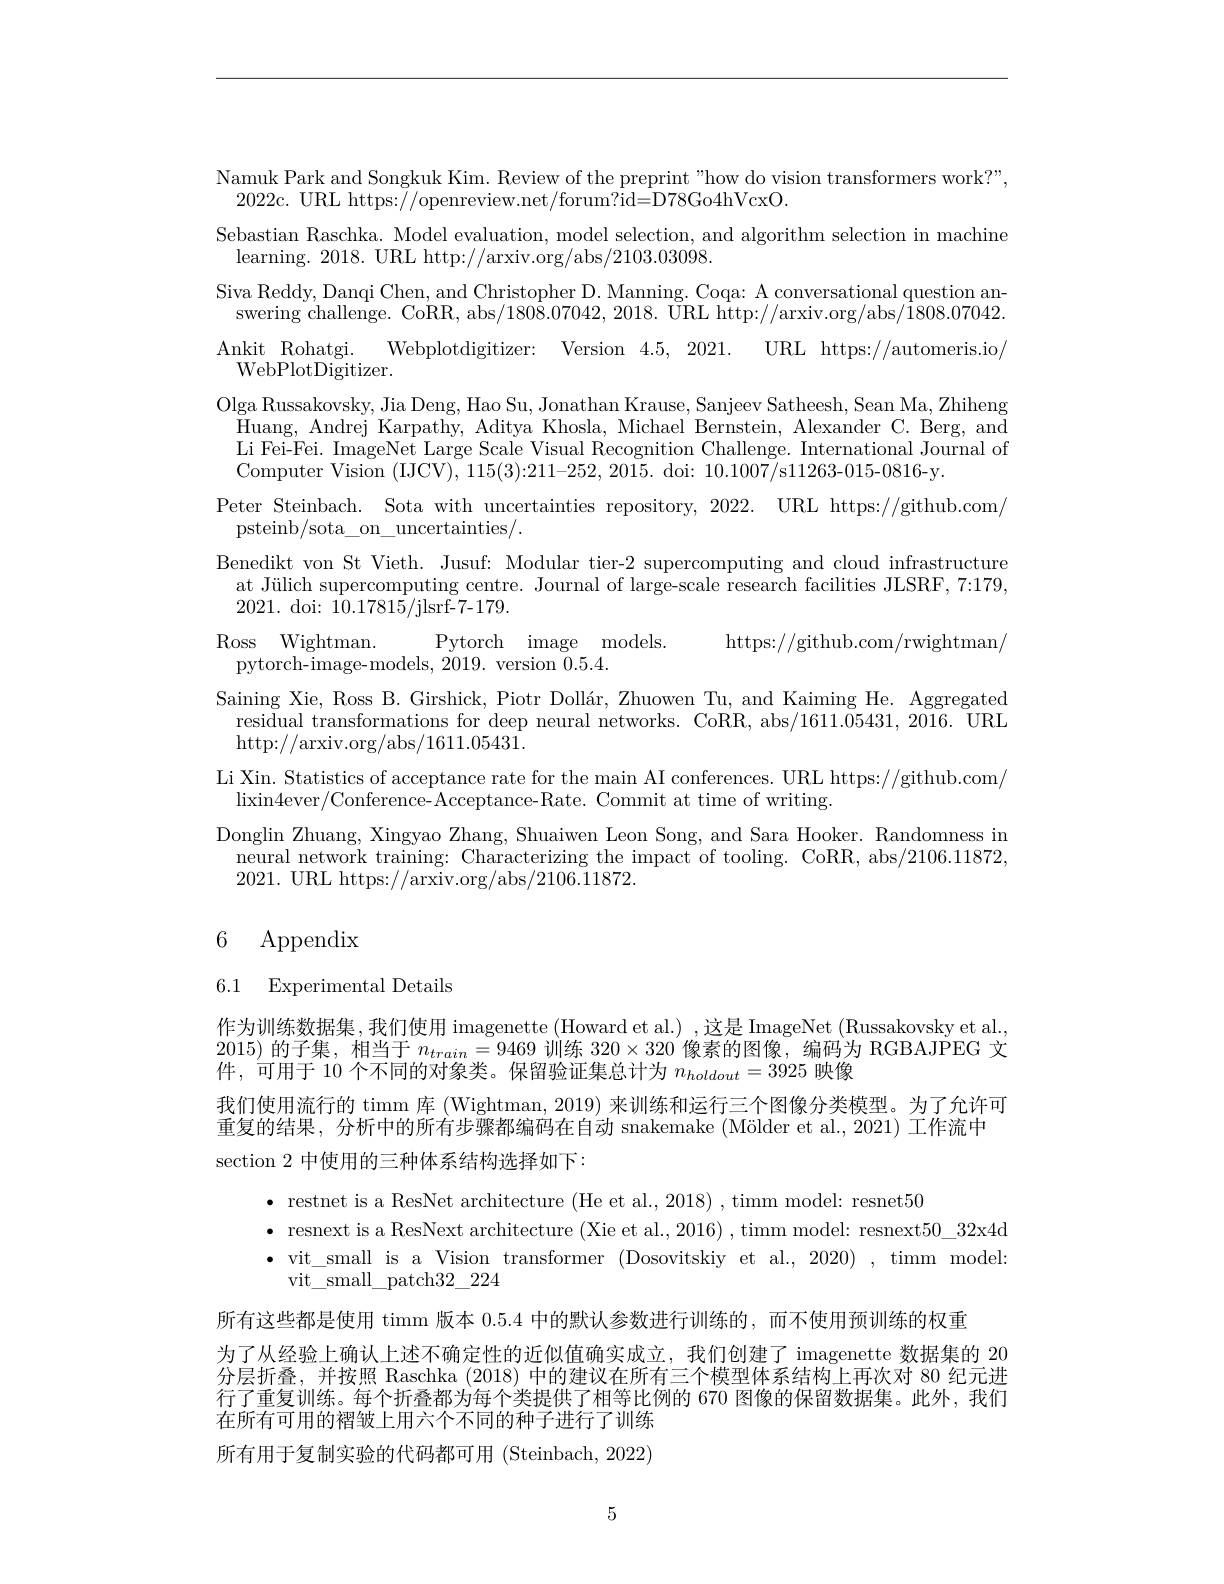
Namuk Park and Songkuk Kim. Review of the preprint "how do vision transformers work?",
2022c. URL https://openreview.net/forum?id=D78Go4hVcxO.
Sebastian Raschka. Model evaluation, model selection, and algorithm selection in machine
learning. 2018. URL http://arxiv.org/abs/2103.03098
Siva Reddy, Danqi Chen, and Christopher D. Manning. Coqa: A conversational question an-
swering challenge. CoRR, abs/1808.07042, 2018. URL http://arxiv.org/abs/1808.07042. Ankit Rohatgi. Webplotdigitizer: Version 4.5,2021. URL https://automeris.io/ WebPlotDigitizer.
Olga Russakovsky, Jia Deng, Hao Su, Jonathan Krause, Sanjeev Satheesh, Sean Ma, Zhiheng
$\bar{\text{Huang, Andrej Karpathy, Aditya Khosla, Michael Bernstein, Alexander C. Berg, and}}$ Li Fei-Fei. ImageNet Large Scale Visual Recognition Challenge. International Journal of Computer Vision (IJCV$),115(3):211-252,20\bar{15}.$ doi: $10.1007\bar{/}$s11263-015-0816-y.
Peter Steinbach. Sota with uncertainties repository, 2022. URL https://github.com/
psteinb/sota\_on\_uncertainties/.
Benedikt von St Vieth. Jusuf: Modular tier-2 supercomputing and cloud infrastructure
at Jülich supercomputing centre. Journal of large-scale research facilities JLSRF, 7:179,
2021. doi: 10.17815/jlsrf-7-179.
Ross Wightman.
Pytorch image models.
https://github.com/rwightman/
pytorch-image-models, 2019. version $\bar{0}.5.4.$
Saining Xie, Ross B. Girshick, Piotr Dollár, Zhuowen Tu, and Kaiming He. Aggregated
residual transformations for deep neural networks. CoRR, abs/1611.05431, 2016. URL
http://arxiv.org/abs/1611.05431.
Li Xin. Statistics of acceptance rate for the main AI conferences. URL https://github.com/
$\operatorname*{lixin4ever/Conference-Acceptance-Rate.~Commit~at~time~of~writing.}$
Donglin Zhuang, Xingyao Zhang, Shuaiwen Leon Song, and Sara Hooker. Randomness in
neural network training: Characterizing the impact of tooling. CoRR, abs/2106.11872,
2021. URL https://arxiv.org/abs/2106.11872.

# 6 Appendix

6.1 Experimental Details

作为训练数据集，我们使用 imagenette (Howard et al.) ,这是 ImageNet (Russakovsky et al., 2015)的子集，相当于$n_train=9469$训练$320\times320$像素的图像，编码为 RGBAJPEG 文件，可用于 10 个不同的对象类。保留验证集总计为$n_holdout=3925$映像
我们使用流行的 timm 库 (Wightman, 2019) 来训练和运行三个图像分类模型。为了允许可重复的结果，分析中的所有步骤都编码在自动 snakemake $( \text{M\" {o}lderetal. , 2021) 工 作 流 中 }$ section 2 中使用的三种体系结构选择如下：
$\bullet$ restnet is a ResNet architecture (He et al., 2018) , timm model: resnet50
$\bullet$ resnext is a ResNext architecture (Xie et al.,2016) ,timm model: resnext50\_32x4d $\bullet$ vit\_small is a Vision transformer (Dosovitskiy et al., 2020) , timm model:
vit$\_$small$\_$patch32$\_$224
所有这些都是使用 timm 版本0.5.4中的默认参数进行训练的，而不使用预训练的权重
为了从经验上确认上述不确定性的近似值确实成立，我们创建了 imagenette 数据集的 20分层折叠，并按照 Raschka (2018) 中的建议在所有三个模型体系结构上再次对 80 纪元进行了重复训练。每个折叠都为每个类提供了相等比例的 670 图像的保留数据集。此外，我们在所有可用的褶皱上用六个不同的种子进行了训练

所有用于复制实验的代码都可用 (Steinbach, 2022)

5